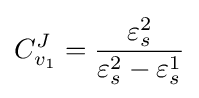
C_{v_{1}}^{J}={\frac {\varepsilon _{s}^{2}}{\varepsilon _{s}^{2}-\varepsilon _{s}^{1}}}